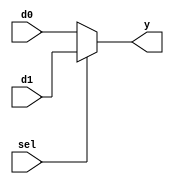
`timescale 1ns / 1ps
//////////////////////////////////////////////////////////////////////////////////
// Company: 
// Engineer: 
// 
// Design Name: 
// Module Name: b2_mux_2_1_if
// Project Name: 
// Target Devices: 
// Tool Versions: 
// Description: 
// 
// Dependencies: 
// 
// Revision:
// Revision 0.01 - File Created
// Additional Comments:
// 
//////////////////////////////////////////////////////////////////////////////////


module b2_mux_2_1_if(
    input [1:0] d0,
    input [1:0] d1,
    input sel,
    output reg [1:0] y
    );
    
    always @ (*)
    begin
        if (sel)
        begin
            y = d1;
        end
        else
        begin
            y = d0;
        end
    end
endmodule